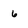
Character: 6